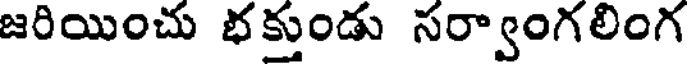
జరియించు భక్తుండు సర్వాంగలింగ